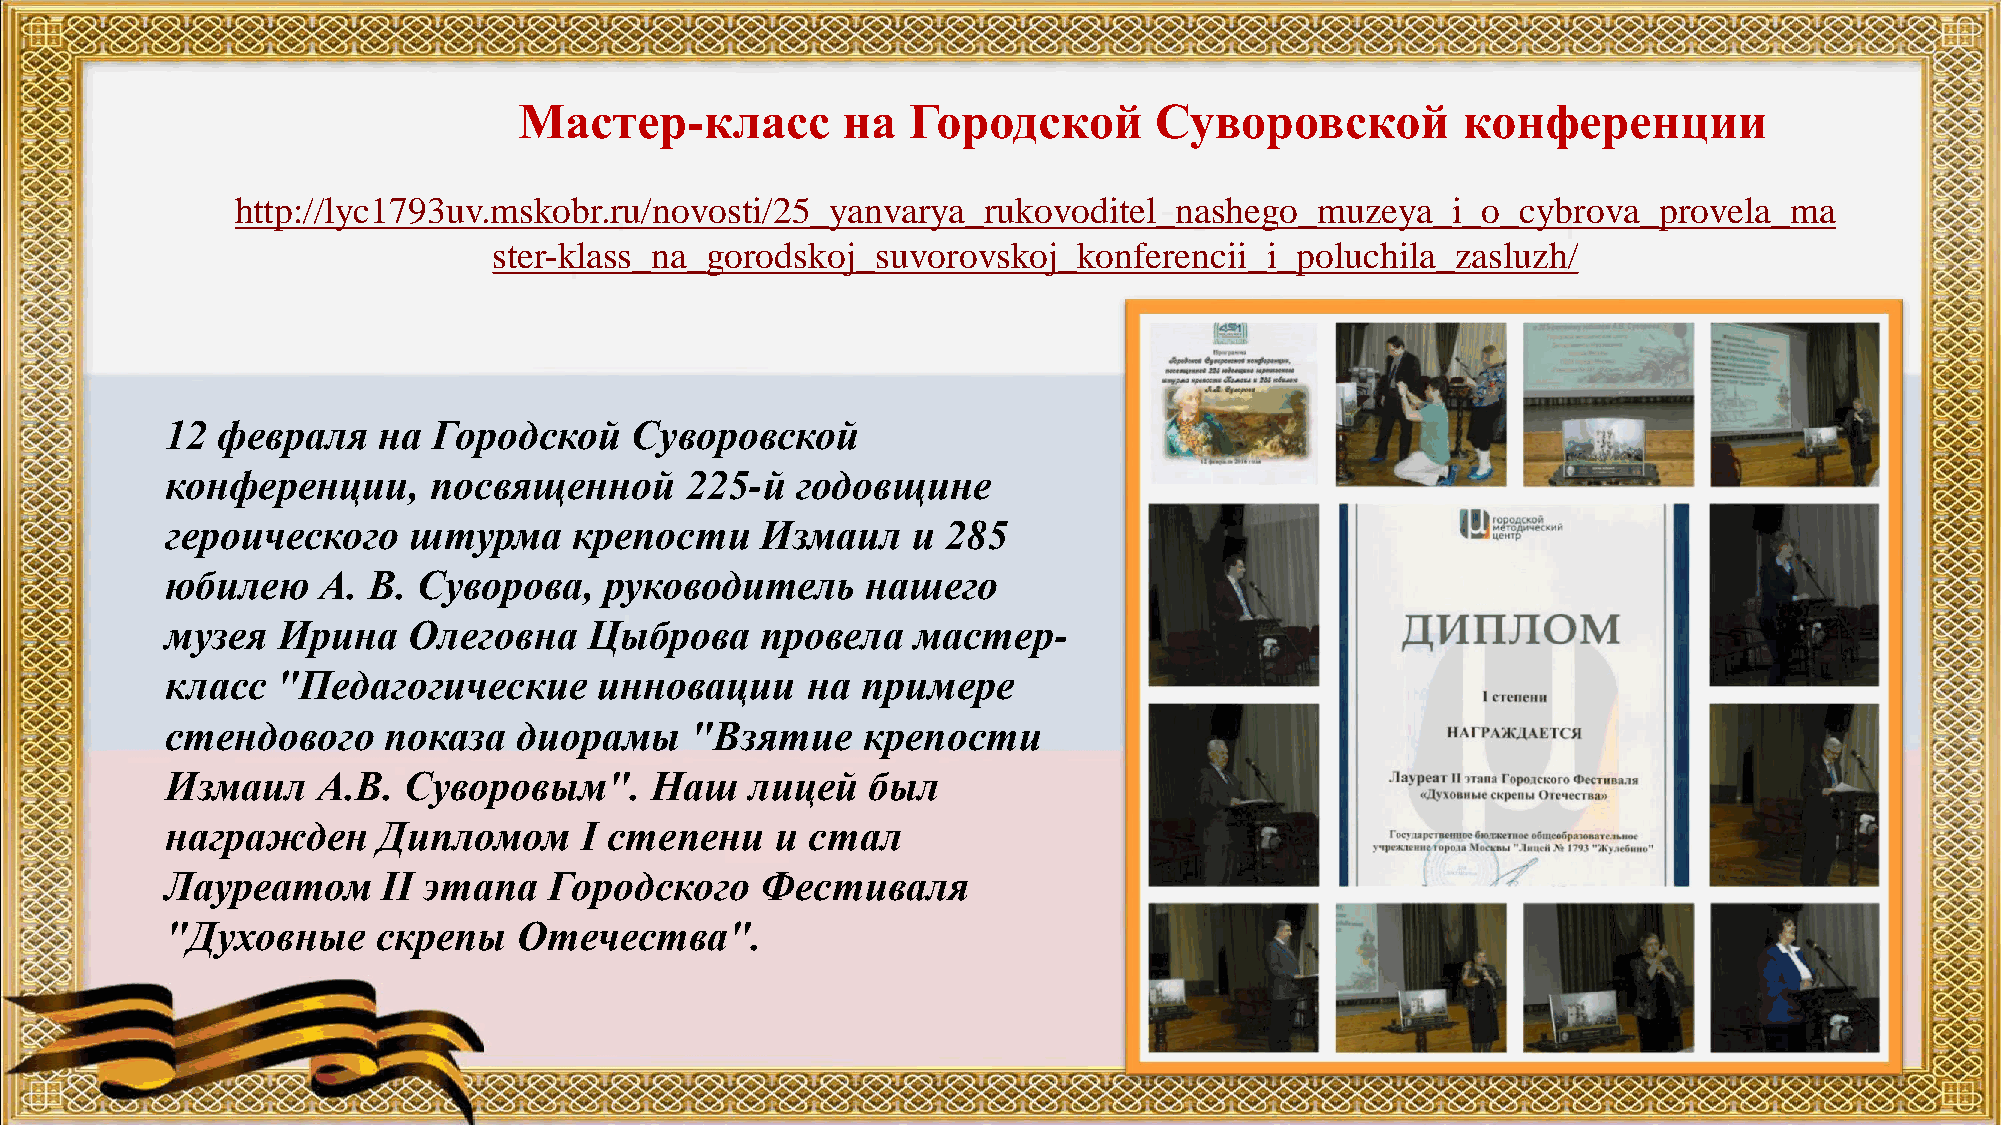
Мастер-класс          на  Городской       Суворовской          конференции
 http://lyc1793uv.mskobr.ru/novosti/25_yanvarya_rukovoditel_nashego_muzeya_i_o_cybrova_provela_ma
 ster-klass_na_gorodskoj_suvorovskoj_konferencii_i_poluchila_zasluzh/
 12 февраля    на  Городской    Суворовской
 конференции,     посвященной      225-й   годовщине
 героического    штурма     крепости    Измаил    и  285
 юбилею    А. В.  Суворова,   руководитель     нашего
 музея  Ирина    Олеговна    Цыброва    провела   мастер-
 класс  "Педагогические       инновации    на  примере
 стендового    показа   диорамы     "Взятие    крепости
 Измаил    А.В.  Суворовым".     Наш    лицей  был
 награжден     Дипломом     I степени    и стал
 Лауреатом     II этапа   Городского    Фестиваля
 "Духовные     скрепы   Отечества".